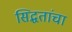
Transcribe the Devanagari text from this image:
सिद्धतांचा